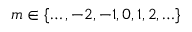
m \in \{ \ldots , - 2 , - 1 , 0 , 1 , 2 , \ldots \}